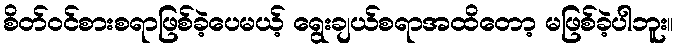
စိတ်ဝင်စားစရာဖြစ်ခဲ့ပေမယ့် ရွေးချယ်စရာအထိတော့ မဖြစ်ခဲ့ပါဘူး။